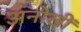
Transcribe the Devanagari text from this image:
अनोखीं